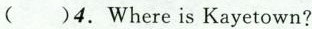
( )4.Where is Kayetown?